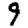
Digit: 9